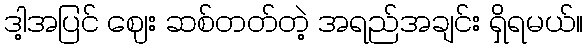
ဒါ့အပြင် ဈေး ဆစ်တတ်တဲ့ အရည်အချင်း ရှိရမယ်။